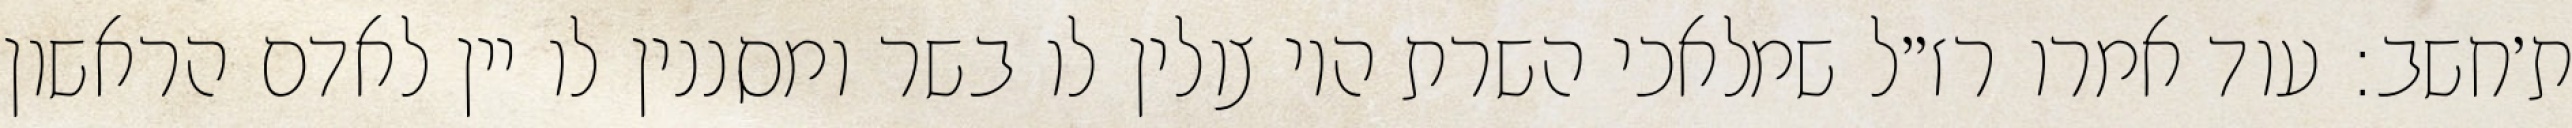
ת׳חשב: עוד אמרו רז״ל שמלאכי השרת היו צולין לו בשר ומסננין לו יין לאדם הראשון